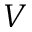
V